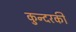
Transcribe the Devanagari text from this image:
कुन्‍दरकी